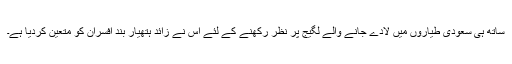
ساتھ ہی سعودی طیاروں میں لادے جانے والے لگیج پر نظر رکھنے کے لئے اس نے زائد ہتھیار بند افسران کو متعین کردیا ہے۔